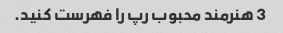
3 هنرمند محبوب رپ را فهرست کنید.